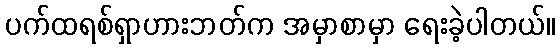
ပက်ထရစ်ရှာဟားဘတ်က အမှာစာမှာ ရေးခဲ့ပါတယ်။